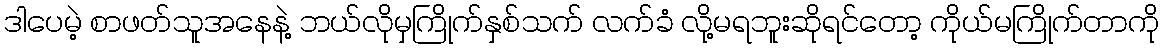
ဒါပေမဲ့ စာဖတ်သူအနေနဲ့ ဘယ်လိုမှကြိုက်နှစ်သက် လက်ခံ လို့မရဘူးဆိုရင်တော့ ကိုယ်မကြိုက်တာကို